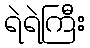
ရဲရဲကြီး